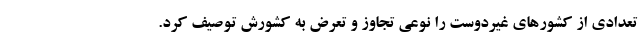
تعدادی از کشورهای غیردوست را نوعی تجاوز و تعرض به کشورش توصیف کرد.